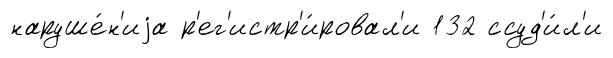
наруше́н'иjа р'ег'истр'и́ровал'и 132 ссуд'и́л'и